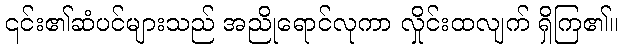
၎င်း၏ဆံပင်များသည် အညိုရောင်လုကာ လှိုင်းထလျက် ရှိကြ၏။